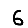
Digit: 6